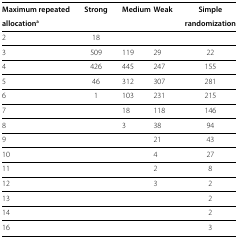
| Maximum repeated | Strong | Medium | Weak | Simple |
 | allocationa |  |  |  | randomization |
 | --- | --- | --- | --- | --- |
 | 2 | 18 |  |  |  |
 | 3 | 509 | 119 | 29 | 22 |
 | 4 | 426 | 445 | 247 | 155 |
 | 5 | 46 | 312 | 307 | 281 |
 | 6 | 1 | 103 | 231 | 215 |
 | 7 |  | 18 | 118 | 146 |
 | 8 |  | 3 | 38 | 94 |
 | 9 |  |  | 21 | 43 |
 | 10 |  |  | 4 | 27 |
 | 11 |  |  | 2 | 8 |
 | 12 |  |  | 3 | 2 |
 | 13 |  |  |  | 2 |
 | 14 |  |  |  | 2 |
 | 16 |  |  |  | 3 |